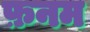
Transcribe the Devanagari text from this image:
फ़नम